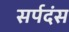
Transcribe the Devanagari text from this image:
सर्पदंस